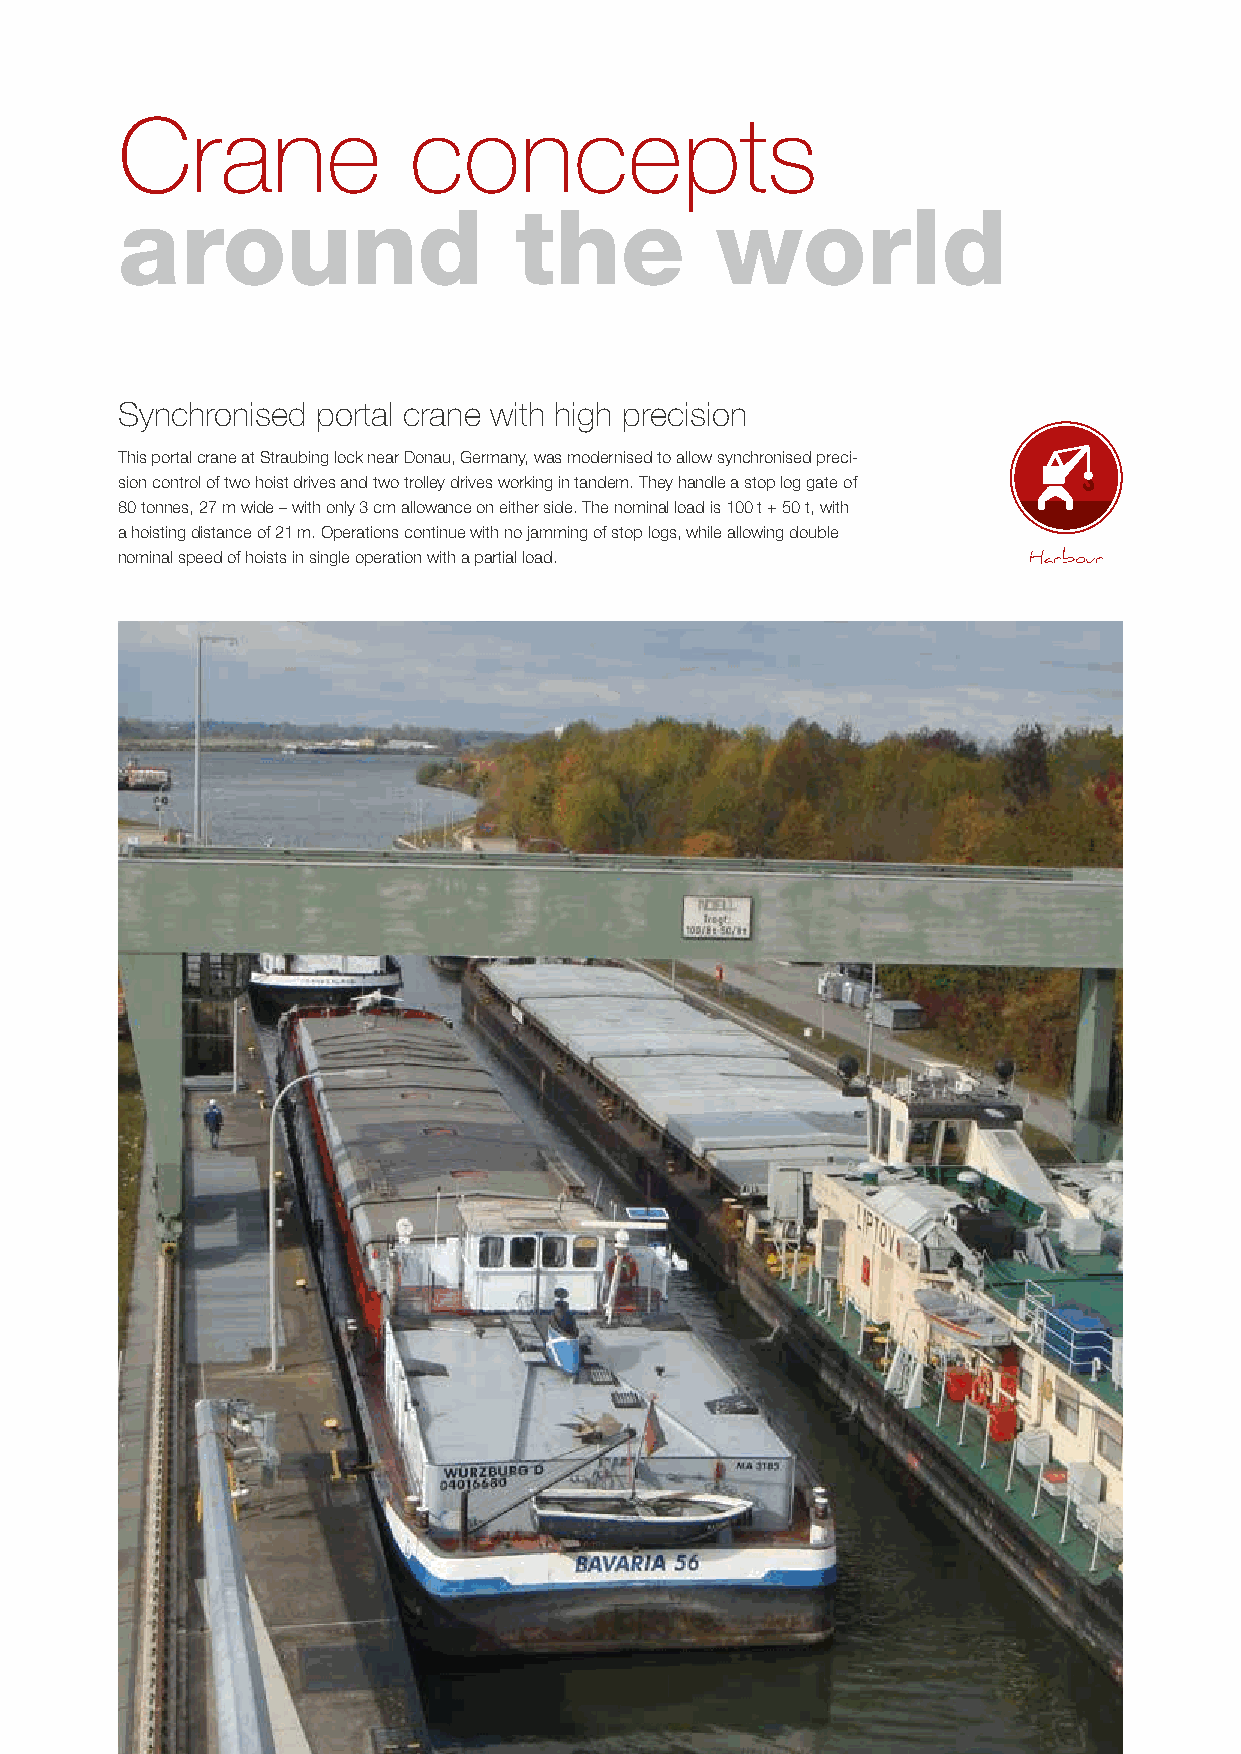
Crane              concepts
 around                    the          world
 Synchronised portal crane with high precision
 This portal crane at Straubing lock near Donau, Germany, was modernised to allow synchronised preci-
 sion control of two hoist drives and two trolley drives working in tandem. They handle a stop log gate of
 80 tonnes, 27 m wide – with only 3 cm allowance on either side. The nominal load is 100 t + 50 t, with
 a hoisting distance of 21 m. Operations continue with no jamming of stop logs, while allowing double
 nominal speed of hoists in single operation with a partial load. Harbour